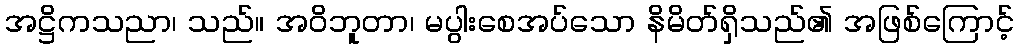
အဋ္ဌိကသညာ၊ သည်။ အဝိဘူတာ၊ မပွါးစေအပ်သော နိမိတ်ရှိသည်၏ အဖြစ်ကြောင့်